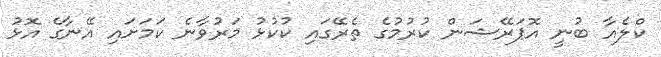
ކްލެއާ ބުނީ އޮޕަރޭޝަން ކުރުމުގެ ތެރޭގައި ކުކުޅު މަރުވާނެ ކަމަށައި އޭނާގެ އޮޅު